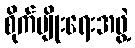
စိုက်ပျိုးရေးအဖွဲ့